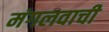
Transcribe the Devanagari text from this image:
मंगलवाची